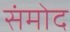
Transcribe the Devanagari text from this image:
संमोद